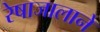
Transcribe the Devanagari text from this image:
रेषाजालाने